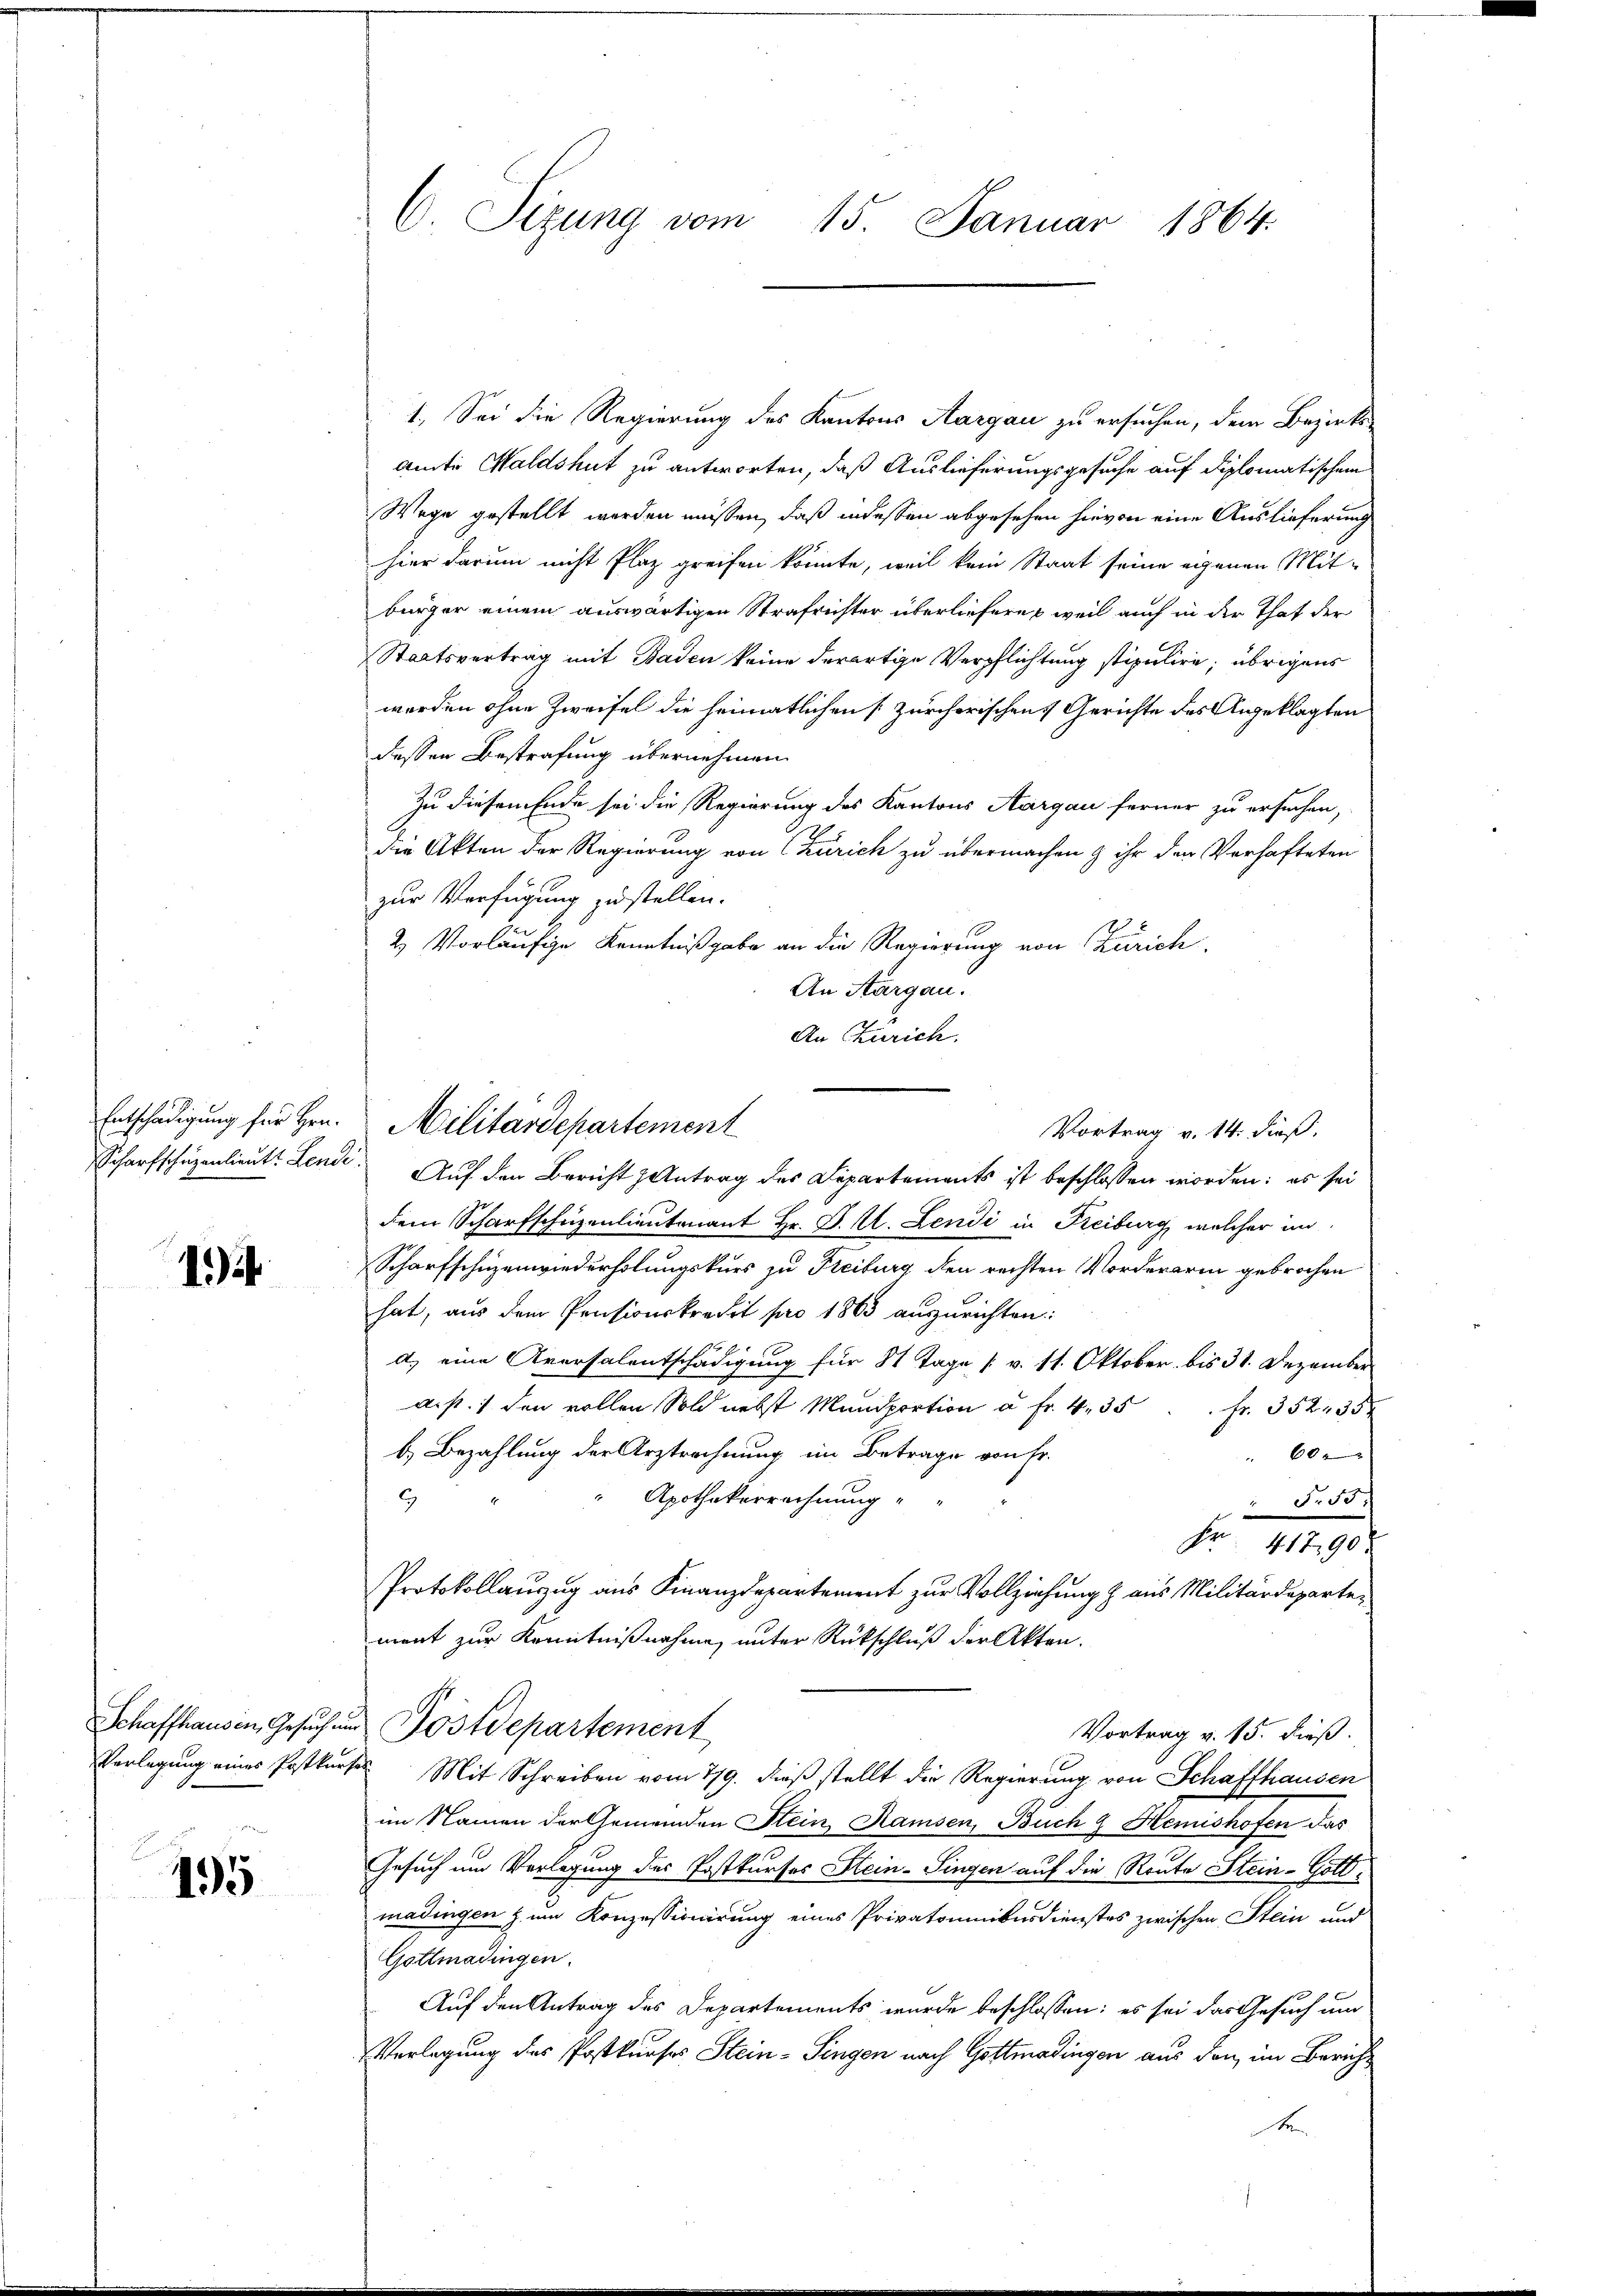
Entschädigung für Hrn.

1)

Schaffhausen, Gesuch in

195

C. Sizung vom 15. Januar 1864.

1. Sei die Regierung des Kantons Aargau zu ersuchen, dem Bezirks¬
Amte Waldshut zu antworten, daß Auslieferungsgesuche auf diplomatischen
Wege gestellt werden müssen, daß indessen abgesehen hievon eine Auslieferung
hier darum nicht Plaz greifen könnte, weil kein Staat seine eigenen Mit-
bürger einem auswärtigen Strafrichter überliefern, weil auch in der That der
Staatsvertrag mit Baden keine derartige Verpflichtung stipulire; übrigens
werden ohne Zweifel die heimatlichen [Zürcherischen Gerichte des Angeklagten
dessen Bestrafung übernehmen.
Zu diesem Ende sei die Regierung des Kantons Aargau ferner zu ersuchen,
die Akten der Regierung von Zürich zu übermachen & ihr den Verhafteten
zur Verfügung zu stellen.
2
u
2) Vorläufige Kenntnißgabe an die Regierung von Zürich
An Aargau.
An Curich.
Scharfschüzenlieut. Lende. Auf den Bericht & Antrag des Departements ist beschlossen worden: es sei
dem Scharfschüzenlieutenant Hr. P. M. Lendi in Freiburg, welcher im
Scharfschüzenwiederholungskurs zu Freiburg den rechten Vorderarin gebrochen
hat, aus dem Pensionskredit pro 1863 auszurichten:
a.) eine Aversalentschädigung für 8 Tage (v. 11. Oktober bis 31. Dezember
ais. 1 den vollen Sold nebst Mansportion u. fr. 4. 35 Fr. 352, 35 x
b. Bezahlung der Arztrechnung im Betrage von Fr.
600
Apothekerrechnung
" Fr. 55.
Fr. 119.
Protokollauszug aus Finanzdepartement zur Vollziehung & aus Militärdepartement zur Kenntnißnahme, unter Rückschluß der Akten.
Postdepartement
Vortrag v. 15. dieß.
Verlegung eines Postkurses Mit Schreiben vom 779. dieß stellt die Regierung von Schaffhausen
im Namen der Gemeinden Stein, Ramsen, Buch 9 Hemishofen das
Gesuch um Vorlegung des Postkurses Stein-Singen auf die Route Stein- Gottmadingen zum Konzessionirung eines Privatominibusdienstes zwischen Stein und
Gottmadingen.
Auf den Antrag des Departements wurde beschlossen; es sei das Gesuch um
Verlegung des Postkurses Stein-Singen nach Gottmadingen aus den im Bericht
Fe

Militärdepartement
Vortrag v. 14. dieß,